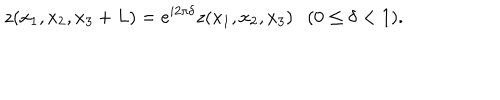
z ( x _ { 1 } , x _ { 2 } , x _ { 3 } + L ) = e ^ { i 2 \pi \delta } z ( x _ { 1 } , x _ { 2 } , x _ { 3 } ) ( 0 \leq \delta < 1 ) .